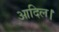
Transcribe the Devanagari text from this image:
आदिल।